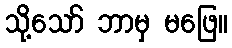
သို့သော် ဘာမှ မဖြေ။